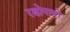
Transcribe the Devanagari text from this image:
रक्षोपायों